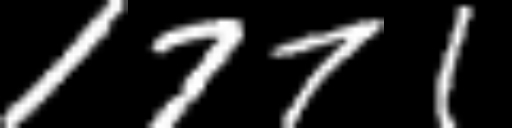
Text: 1771